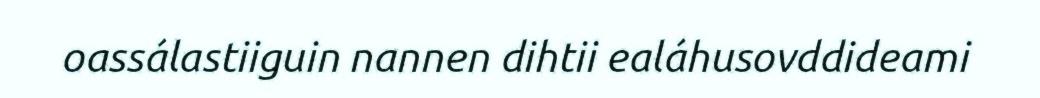
oassálastiiguin nannen dihtii ealáhusovddideami